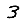
Digit: 3